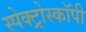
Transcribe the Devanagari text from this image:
स्पेक्ट्रोस्कॉपी